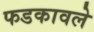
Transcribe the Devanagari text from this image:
फडकावले